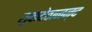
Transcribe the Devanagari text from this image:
सुकदेवानन्द